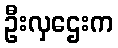
ဦးလှဌေးက